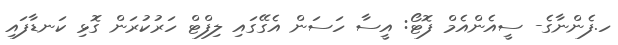
ހ.ފެންނާގެ- ސީއެންއެމް ފޮޓޯ: އީސާ ހަސަން އެގޭގައި ލިފްޓް ހަރުކުރަން ގޮޅި ކަނޑާފައި